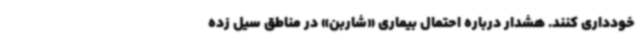
خودداری کنند. هشدار درباره احتمال بیماری «شاربن» در مناطق سیل زده